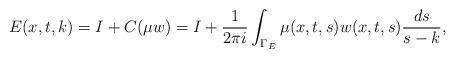
LaTeX: \begin{align*} E(x,t,k)=I+C(\mu w)=I+\frac{1}{2\pi i}\int_{\Gamma_E}\mu(x,t,s)w(x,t,s)\frac{ds}{s-k},\end{align*}